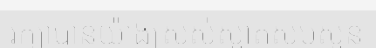
រក្សាបានយ៉ាងស្រស់ស្អាតសមសួន